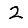
Digit: 2